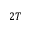
2 T